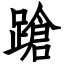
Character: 蹌